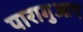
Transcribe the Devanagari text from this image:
पारागुआए